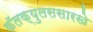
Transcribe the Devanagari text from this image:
कॅलक्युलससारखे